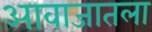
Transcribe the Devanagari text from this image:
आवाजातला